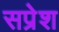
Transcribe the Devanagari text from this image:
सप्रेश